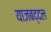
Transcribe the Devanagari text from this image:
याजबद्दल